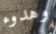
وهدوء